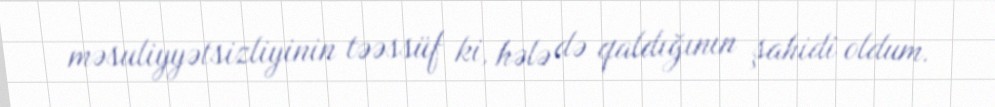
məsuliyyətsizliyinin təəssüf ki, hələ də qaldığının şahidi oldum.